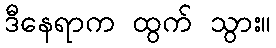
ဒီနေရာက ထွက် သွား။